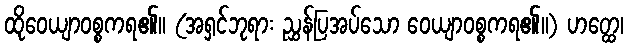
ထိုဝေယျာဝစ္စကရ၏။ (အရှင်ဘုရား ညွှန်ပြအပ်သော ဝေယျာဝစ္စကရ၏။) ဟတ္ထေ၊